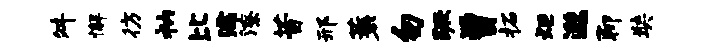
舛懈彷衲比濡潦昔邢蓑勿蹶曾柘炬邈聊奘